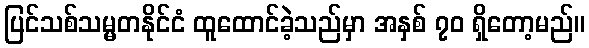
ပြင်သစ်သမ္မတနိုင်ငံ ထူထောင်ခဲ့သည်မှာ အနှစ် ၇၀ ရှိတော့မည်။